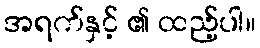
အရက်နှင့် ၏ ထည့်ပါ။